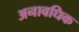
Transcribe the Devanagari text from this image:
अनावधिक